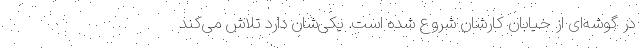
در گوشه‌ای از خیابان کارشان شروع شده است. یکی‌شان دارد تلاش می‌کند